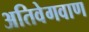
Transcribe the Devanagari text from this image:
अतिवेगवाण